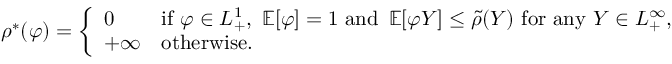
\begin{array} { r } { \rho ^ { * } ( \varphi ) = \left\{ \begin{array} { l l } { 0 } & { \mathrm { i f ~ } \varphi \in L _ { + } ^ { 1 } , \ \operatorname { \mathbb { E } } [ \varphi ] = 1 \mathrm { ~ a n d ~ } \operatorname { \mathbb { E } } [ \varphi Y ] \leq \tilde { \rho } ( Y ) \mathrm { ~ f o r ~ a n y ~ } Y \in L _ { + } ^ { \infty } , } \\ { + \infty } & { \mathrm { o t h e r w i s e } . } \end{array} \right. } \end{array}